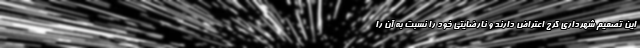
این تصمیم شهرداری کرج اعتراض دارند و نارضایتی خود را نسبت به آن را